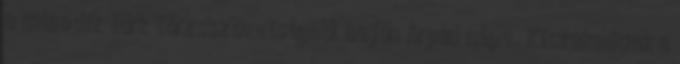
a második türk törzsszövetségből bejön Árpád népe. Kiszakadunk a